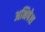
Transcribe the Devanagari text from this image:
अभिषेश